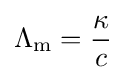
\Lambda _{\text{m}}={\frac {\kappa }{c}}